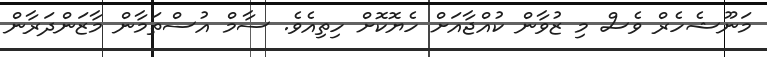
މަނޫޝެހެރް ވެސް މި ޒުވާން ކުއްޖާއަށް ހެޔޮކޮށް ހިތިއެވެ. ސާމް އުސްތަމާން މާޒަންދަރާން